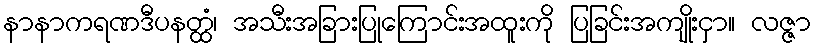
နာနာကရဏဒီပနတ္ထံ၊ အသီးအခြားပြုကြောင်းအထူးကို ပြခြင်းအကျိုးငှာ။ လဇ္ဇာ